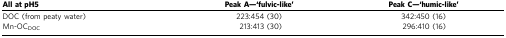
<table><thead><tr><td><b>All at pH5</b></td><td><b>Peak A—‘fulvic-like&#x27;</b></td><td><b>Peak C—‘humic-like&#x27;</b></td></tr></thead><tbody><tr><td>DOC (from peaty water)</td><td>223:454 (30)</td><td>342:450 (16)</td></tr><tr><td>Mn-OC<sub>DOC</sub></td><td>213:413 (30)</td><td>296:410 (16)</td></tr></tbody></table>